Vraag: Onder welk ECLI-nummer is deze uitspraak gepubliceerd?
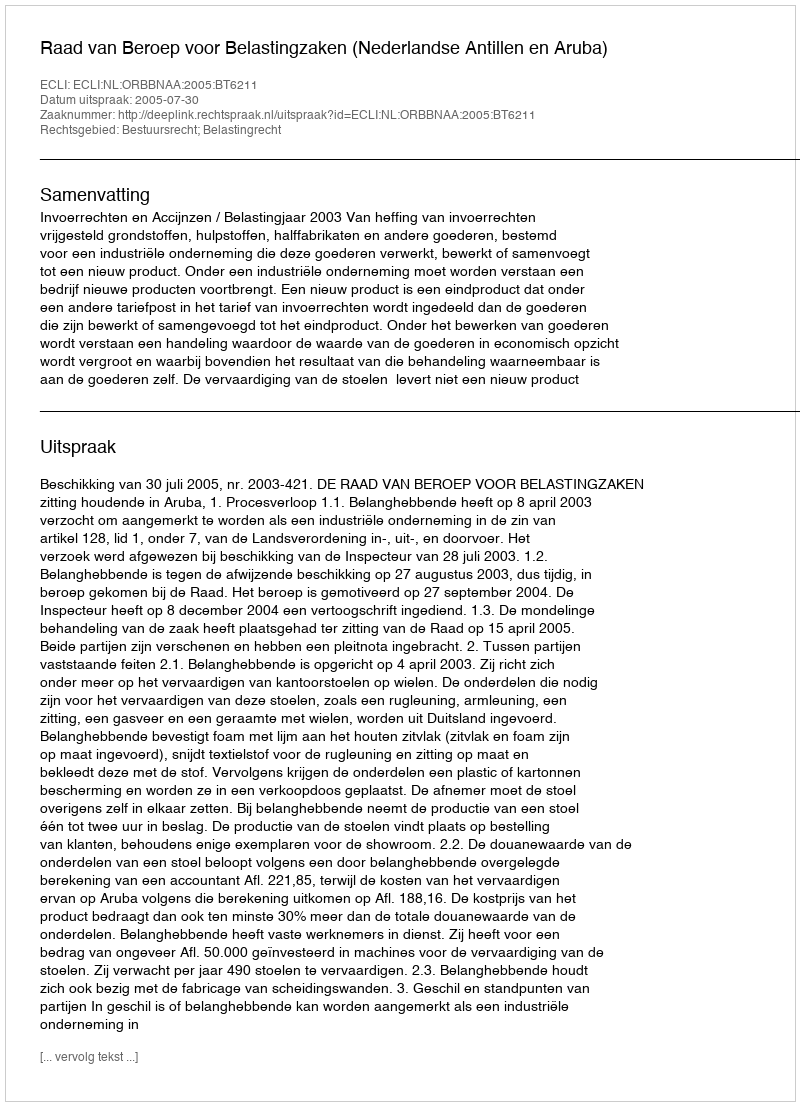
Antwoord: ECLI:NL:ORBBNAA:2005:BT6211